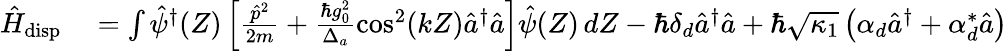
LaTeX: \begin{array}{rl}{\hat{H}_{\mathrm{disp}}}&{{}=\int\hat{\psi}^{\dagger}(Z)\left[\frac{\hat{p}^{2}}{2m}+\frac{\hbar g_{0}^{2}}{\Delta_{a}}\cos^{2}(kZ)\hat{a}^{\dagger}\hat{a}\right]\hat{\psi}(Z)\, dZ-\hbar\delta_{d}\hat{a}^{\dagger}\hat{a}+\hbar\sqrt{\kappa_{1}}\left(\alpha_{d}\hat{a}^{\dagger}+\alpha_{d}^{*}\hat{a}\right)}\end{array}